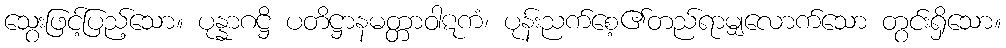
သွေးဖြင့်ပြည့်သော။ ပုန္နာဂဋ္ဌိ ပတိဋ္ဌာနမတ္တာဝါဋကံ၊ ပုန်းညက်စေ့၏တည်ရာမျှလောက်သော တွင်းရှိသော။